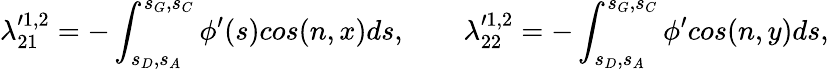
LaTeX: \lambda_{21}^{\prime 1,2}=-\int_{s_{D},s_{A}}^{s_{G},s_{C}}\phi^{\prime}(s)cos(n,x)ds,\qquad\lambda_{22}^{\prime 1,2}=-\int_{s_{D},s_{A}}^{s_{G},s_{C}}\phi^{\prime}cos(n,y)ds,